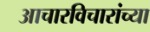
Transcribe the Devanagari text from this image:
आचारविचारांच्या